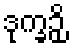
ဒုက္ခဉှိ